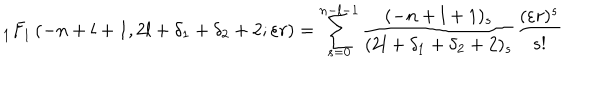
LaTeX: { _ 1 F } _ { 1 } \left( - n + l + 1 , 2 l + \delta _ { 1 } + \delta _ { 2 } + 2 ; \varepsilon r \right) = \sum _ { s = 0 } ^ { n - l - 1 } \frac { ( - n + l + 1 ) _ { s } } { ( 2 l + \delta _ { 1 } + \delta _ { 2 } + 2 ) _ { s } } \frac { ( \varepsilon r ) ^ { s } } { s ! }